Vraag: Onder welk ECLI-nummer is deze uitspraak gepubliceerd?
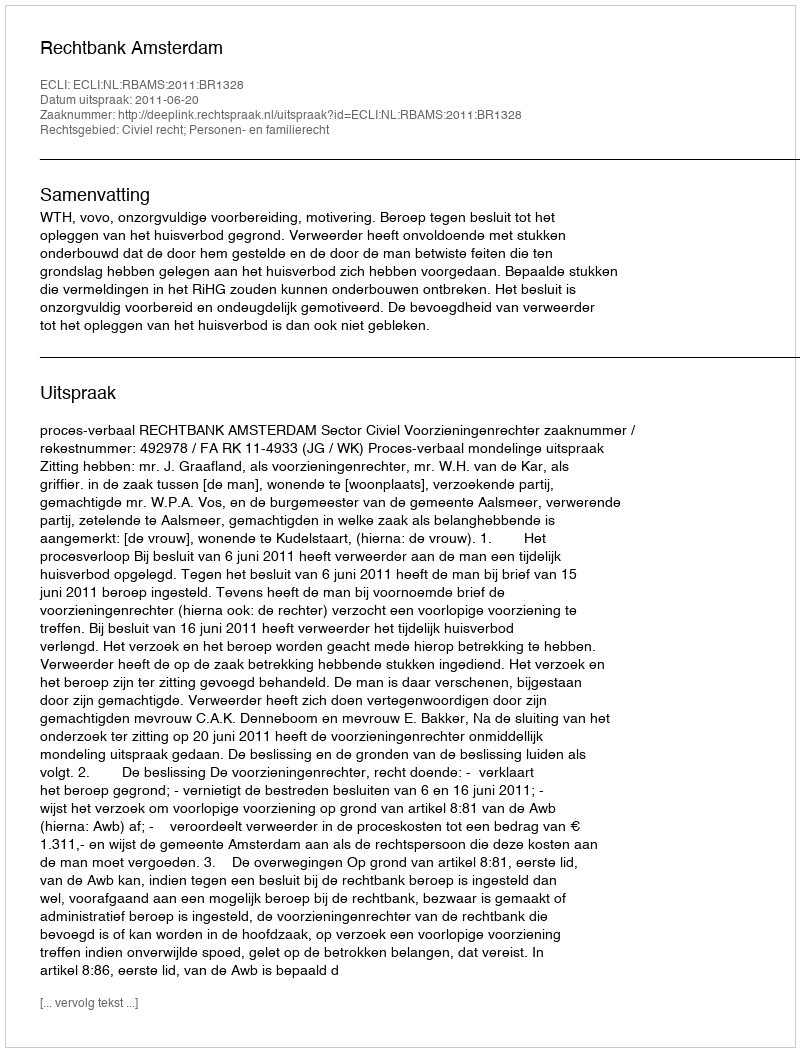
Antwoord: ECLI:NL:RBAMS:2011:BR1328